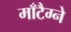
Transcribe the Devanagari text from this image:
माँटैग्ने